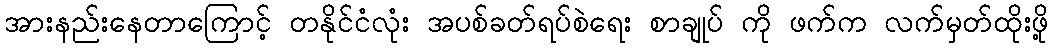
အားနည်းနေတာကြောင့် တနိုင်ငံလုံး အပစ်ခတ်ရပ်စဲရေး စာချုပ် ကို ဖက်က လက်မှတ်ထိုးဖို့